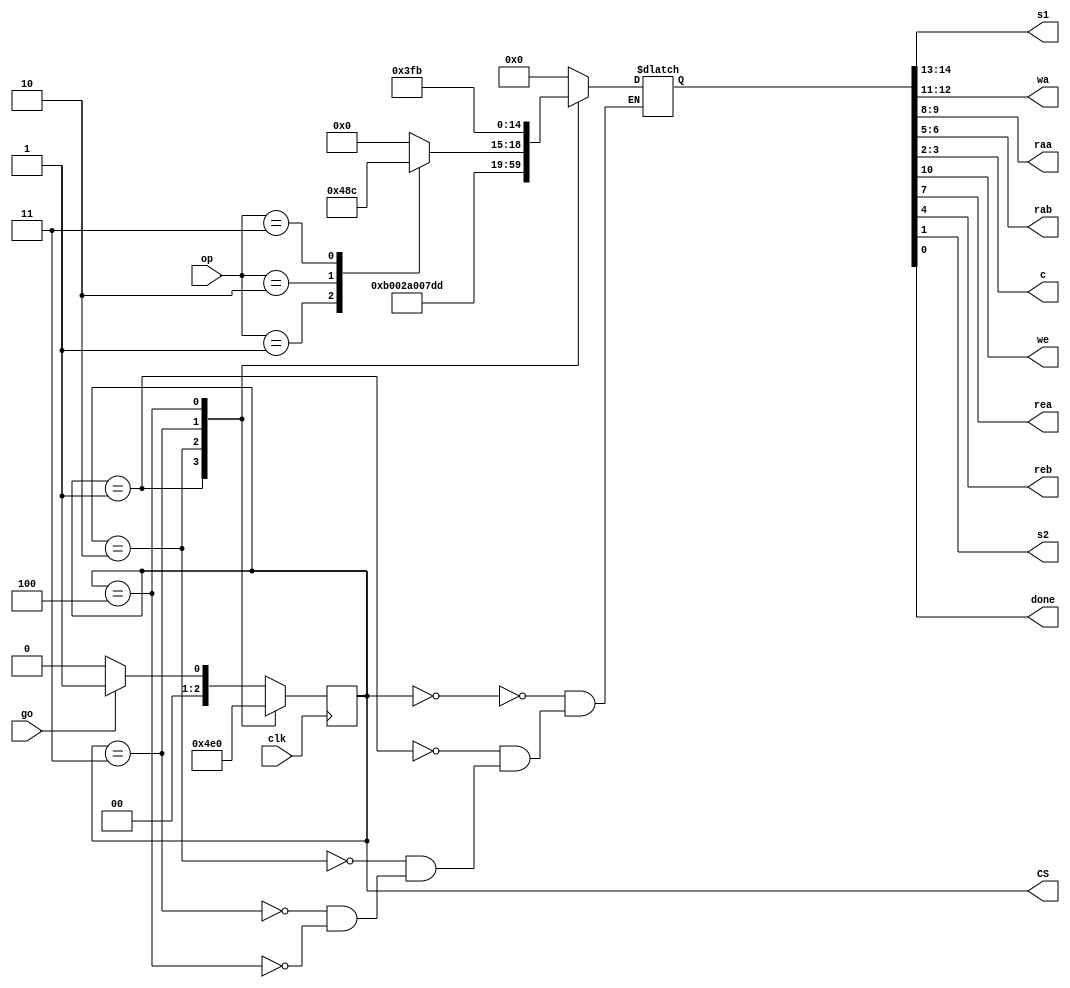
module small_calculator_cu (
        input  wire       clk,
        input  wire       go,
        input  wire [1:0] op, 
        output wire [1:0] s1,
        output wire [1:0] wa,
        output wire [1:0] raa,
        output wire [1:0] rab,
        output wire [1:0] c,
        output wire       we,
        output wire       rea,
        output wire       reb,
        output wire       s2,
        output wire       done,
        output reg  [2:0] CS
    );
  
    always @(posedge clk) begin
        CS <= NS;
    end

    reg [2:0]  NS;
    reg [14:0] control;

    parameter IDLE  = 15'b00_00_0_00_0_00_0_00_0_0,
              LOAD1 = 15'b01_01_1_00_0_00_0_00_0_0,
              LOAD2 = 15'b10_10_1_00_0_00_0_00_0_0,
              ADD   = 15'b11_11_1_01_1_10_1_00_0_0,
              SUB   = 15'b11_11_1_01_1_10_1_01_0_0,
              AND   = 15'b11_11_1_01_1_10_1_10_0_0,
              XOR   = 15'b11_11_1_01_1_10_1_11_0_0,
              DONE  = 15'b00_00_0_11_1_11_1_10_1_1;

    parameter S0 = 3'd0,
              S1 = 3'd1,
              S2 = 3'd2,
              S3 = 3'd3,
              S4 = 3'd4;
    
    always @ (CS, go) begin
        case(CS)
            S0: NS = (go == 1'b1) ? S1 : S0;
            S1: NS = S2;
            S2: NS = S3;
            S3: NS = S4;
            S4: NS = S0;
            default: NS = (go == 1'b1) ? S1 : S0;
        endcase
    end

    always @(CS, op) begin
        case(CS)
            S0: control = IDLE;
            S1: control = LOAD1;
            S2: control = LOAD2;
            S3: begin
                case (op)
                    2'b00: control = ADD;
                    2'b01: control = SUB;
                    2'b10: control = AND;
                    2'b11: control = XOR;
                endcase
            end
            S4: control = DONE;
        endcase
    end
    
    assign {s1, wa, we, raa, rea, rab, reb, c, s2, done} = control;

endmodule